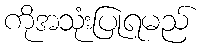
ကိုအသုံးပြုရမည်